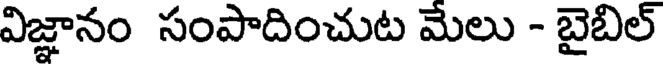
విజ్ఞానం సంపాదించుట మేలు - బైబిల్